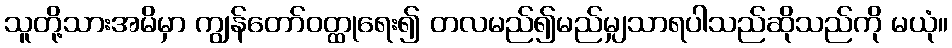
သူတို့သားအမိမှာ ကျွန်တော်ဝတ္ထုရေး၍ တလမည်၍မည်မျှသာရပါသည်ဆိုသည်ကို မယုံ။